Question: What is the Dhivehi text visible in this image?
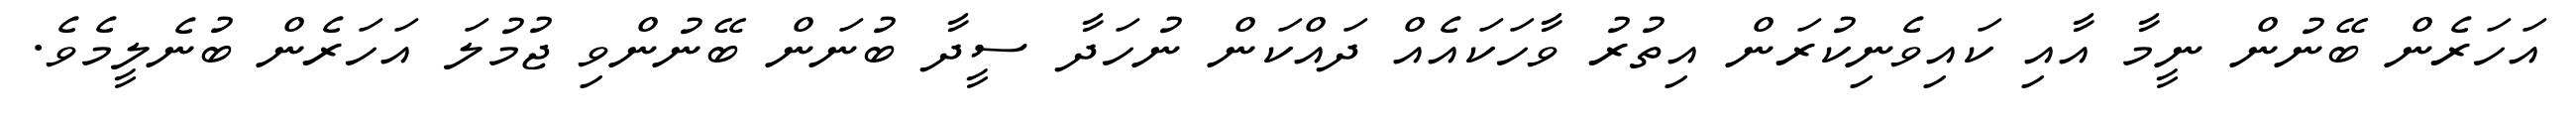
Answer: އަހަރެން ބޭނުން ނީމާ އާއި ކައިވެނިކުރަން އިތުރު ވާހަކައެއް ދައްކަން ނުހަދާ ސީދާ ބުނަން ބޭނުންވި ޖުމުލަ އަހަރެން ބުނެލީމެވެ.